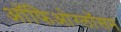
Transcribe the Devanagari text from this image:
ऑफिओग्लॉसम